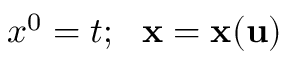
x ^ { 0 } = t ; ~ ~ { \bf x } = { \bf x } ( { \bf u } )